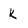
Character: k